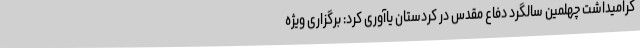
گرامیداشت چهلمین سالگرد دفاع مقدس در کردستان یاآوری کرد: برگزاری ویژه